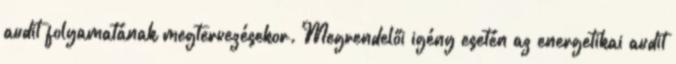
audit folyamatának megtervezésekor. Megrendelői igény esetén az energetikai audit